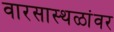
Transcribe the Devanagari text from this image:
वारसास्थळांवर